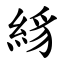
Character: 絼